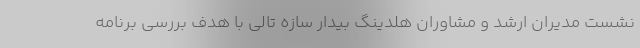
نشست مدیران ارشد و مشاوران هلدینگ بیدار سازه تالی با هدف بررسی برنامه